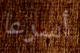
أسرعا